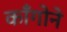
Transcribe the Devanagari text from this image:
काँगोने